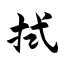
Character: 拭